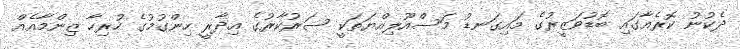
ދެކުނު ކޮރެއާގައި ބޮޑުވަޒީރުގެ މައިގަނޑު މަސްއޫލިއްޔަތަކީ ސަރުކާރުގެ އިދާރީ ހިންގުމުގެ ހުރިހާ ޒިންމާއެއް